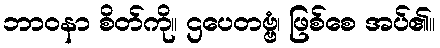
ဘာဝနာ စိတ်ကို။ ဌပေတဗ္ဗံ၊ ဖြစ်စေ အပ်၏။